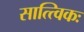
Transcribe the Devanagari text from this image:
सात्त्विकः